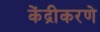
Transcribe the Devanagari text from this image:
केंद्रीकरणे